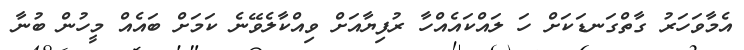
އެމާވަހަރު ގާތްގަނޑަކަށް ހަ ލައްކައެއްހާ ރުފިޔާއަށް ވިއްކާލެވޭނެ ކަމަށް ބައެއް މީހުން ބުނާ